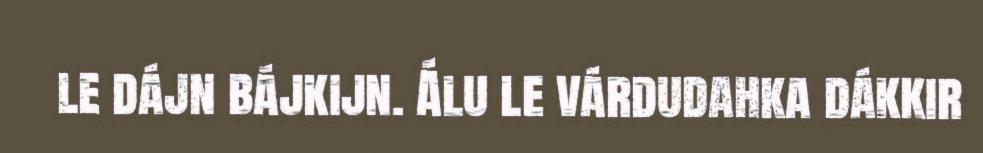
le dájn bájkijn. Álu le várdudahka dákkir